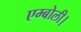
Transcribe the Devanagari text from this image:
एम्बोली।